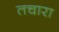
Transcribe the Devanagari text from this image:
तचारा